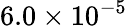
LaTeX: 6.0\times 10^{-5}